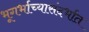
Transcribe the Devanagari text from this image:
भूगर्भाच्यासंदर्भात